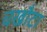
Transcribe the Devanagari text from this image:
चखौटा